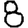
Digit: 8